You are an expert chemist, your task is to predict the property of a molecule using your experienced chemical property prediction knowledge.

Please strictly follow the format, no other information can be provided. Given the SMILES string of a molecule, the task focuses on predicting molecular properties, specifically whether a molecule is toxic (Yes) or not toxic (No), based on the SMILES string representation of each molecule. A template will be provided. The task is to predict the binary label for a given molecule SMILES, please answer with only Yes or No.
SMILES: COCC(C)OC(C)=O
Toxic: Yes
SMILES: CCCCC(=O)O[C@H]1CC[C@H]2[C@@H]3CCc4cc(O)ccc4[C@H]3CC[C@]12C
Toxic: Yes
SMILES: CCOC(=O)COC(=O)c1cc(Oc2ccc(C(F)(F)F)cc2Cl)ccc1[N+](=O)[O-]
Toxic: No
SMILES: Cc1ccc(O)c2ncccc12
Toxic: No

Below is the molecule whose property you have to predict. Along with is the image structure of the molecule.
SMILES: O=P1(NCCCl)OCCCN1CCCl
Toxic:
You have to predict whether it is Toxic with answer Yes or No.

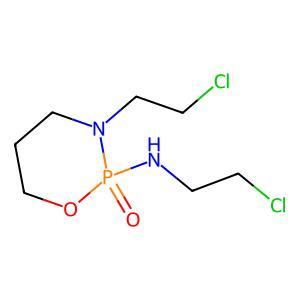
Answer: No